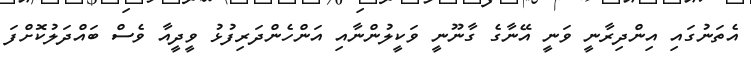
އެތަނުގައި އިންދިރާނީ ވަނީ އޭނާގެ ގާނޫނީ ވަކީލުންނާއި އަންހެންދަރިފުޅު ވީދީއާ ވެސް ބައްދަލުކޮށްފަ